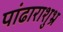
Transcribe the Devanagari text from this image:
पांढाराशुभ्र